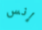
إنس